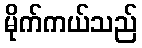
မိုက်ကယ်သည်